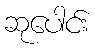
ဆုပေါင်း